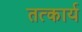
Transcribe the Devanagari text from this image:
तत्कार्य